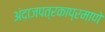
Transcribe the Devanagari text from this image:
अंदाजपत्रकाप्रमाणे